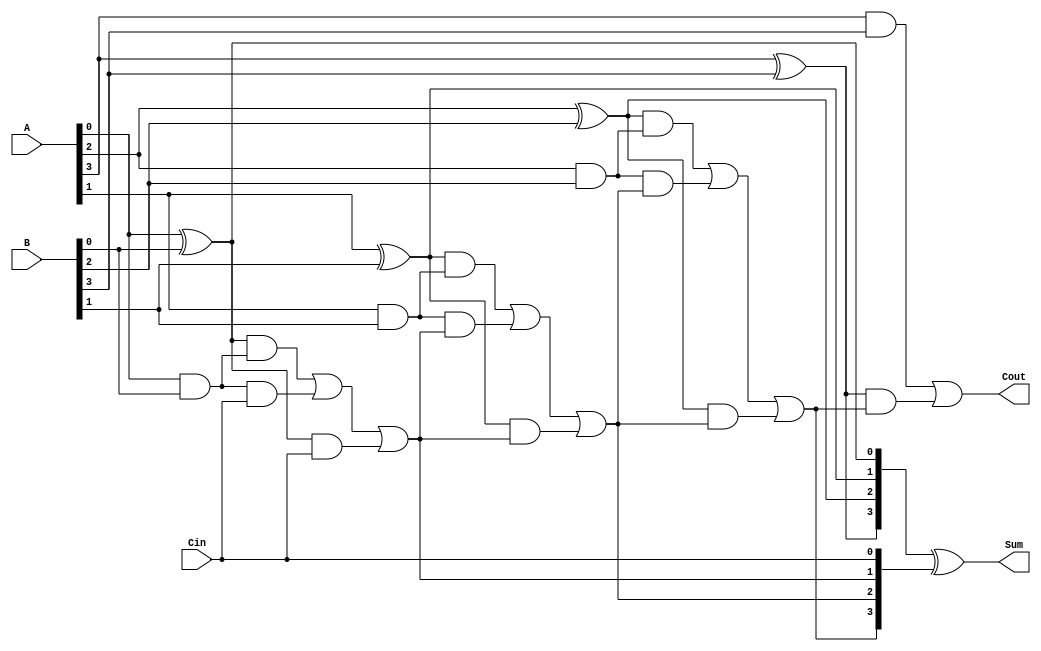
module carry_lookahead_adder(
    input [3:0] A,
    input [3:0] B,
    input Cin,
    output [3:0] Sum,
    output Cout
);

wire [3:0] P,G;
wire [3:0] C;

assign P[0] = A[0] ^ B[0];
assign G[0] = A[0] & B[0];
assign C[0] = Cin;

genvar i;
generate
    for (i = 1; i < 4; i = i + 1) begin : gen
        assign P[i] = A[i] ^ B[i];
        assign G[i] = A[i] & B[i];
        assign C[i] = (P[i-1] & G[i-1]) | (G[i-1] & C[i-1]) | (P[i-1] & C[i-1]);
    end
endgenerate

assign Sum = P ^ C;
assign Cout = G[3] | (P[3] & C[3]);

endmodule